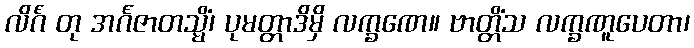
လိင်္ဂံ တု အင်္ဂဇာတသ္မိံ၊ ပုမတ္တာဒိမှိ လက္ခဏေ။ ဗာတ္တိံသ လက္ခဏူပေတာ၊